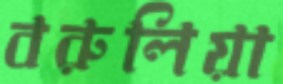
বরুলিয়া